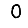
Digit: 0